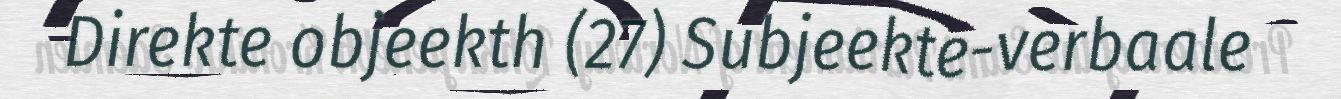
Direkte objeekth (27) Subjeekte-verbaale